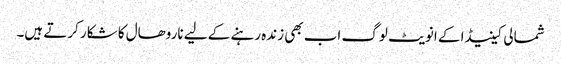
شمالی کینیڈا کے انویٹ لوگ اب بھی زندہ رہنے کے لیے ناروھال کا شکار کرتے ہیں۔